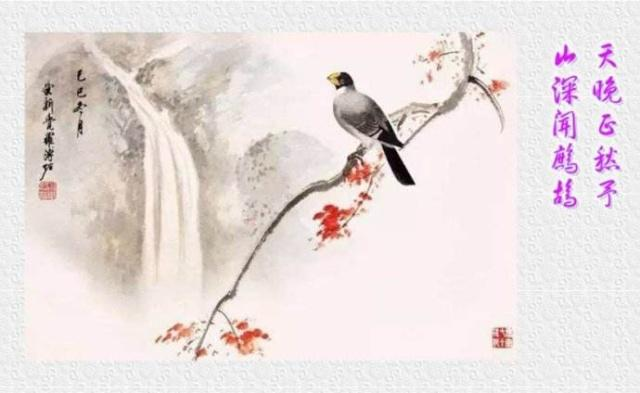
相呼相应湘江阔，苦竹丛深日向西。